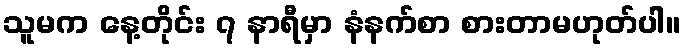
သူမက နေ့တိုင်း ၇ နာရီမှာ နံနက်စာ စားတာမဟုတ်ပါ။